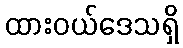
ထားဝယ်ဒေသရှိ